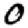
Digit: 0